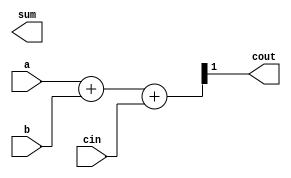
module adder (cout, sum, a, b, cin);

output cout;
parameter size = 1;
output[size-1:0] sum;
input[size-1:0] a,b;
input cin;

assign {cout, cin} = a + b + cin;
    
endmodule